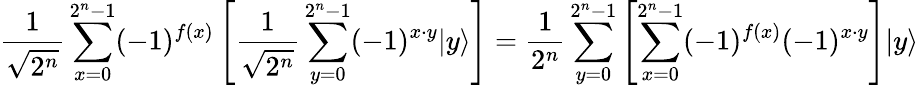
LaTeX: {\frac{1}{\sqrt{2^{n}}}}\sum_{x=0}^{2^{n}-1}(-1)^{f(x)}\left[{\frac{1}{\sqrt{2^{n}}}}\sum_{y=0}^{2^{n}-1}(-1)^{x\cdot y}|y\rangle\right]={\frac{1}{2^{n}}}\sum_{y=0}^{2^{n}-1}\left[\sum_{x=0}^{2^{n}-1}(-1)^{f(x)}(-1)^{x\cdot y}\right]|y\rangle